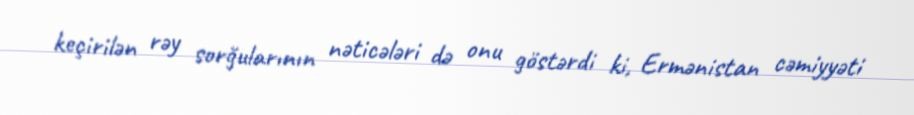
keçirilən rəy sorğularının nəticələri də onu göstərdi ki, Ermənistan cəmiyyəti